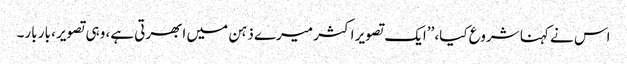
اس نے کہنا شروع کیا، ’’ایک تصویر اکثر میرے ذہن میں ابھرتی ہے، وہی تصویر، بار بار۔